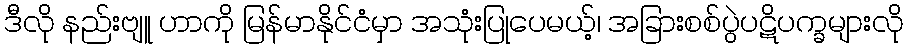
ဒီလို နည်းဗျူ ဟာကို မြန်မာနိုင်ငံမှာ အသုံးပြုပေမယ့်၊ အခြားစစ်ပွဲပဋိပက္ခများလို